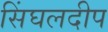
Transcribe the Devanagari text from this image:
सिंघलदीप